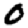
Digit: 0